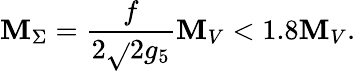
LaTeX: \mathbf{M}_{\Sigma}=\frac{{f}}{{2\sqrt{}{2}g_{5}}}\mathbf{M}_{V}<1.8\mathbf{M}_{V}.